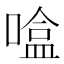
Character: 𰈦